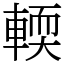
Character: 輭